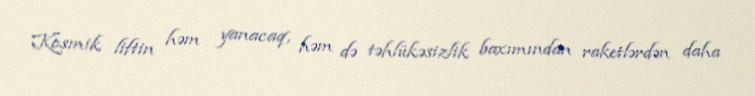
Kosmik liftin həm yanacaq, həm də təhlükəsizlik baxımından raketlərdən daha